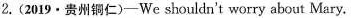
2.(2019 \cdot 贵州铜仁)-We shouldn't worry about Mary.